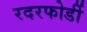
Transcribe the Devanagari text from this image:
रदरफोर्डी